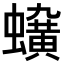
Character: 𧓛